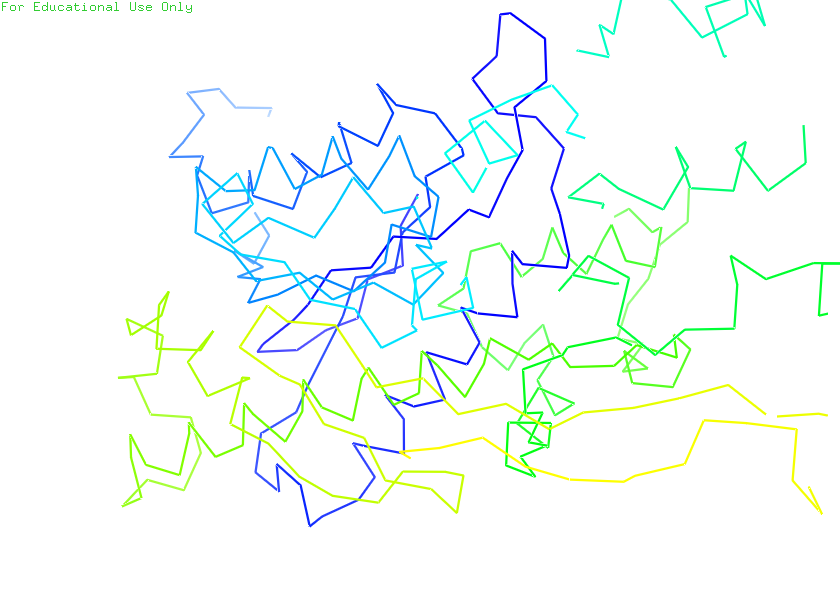
pymol, preset, ligand_sites_trans